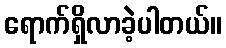
ရောက်ရှိလာခဲ့ပါတယ်။